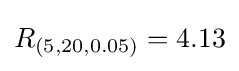
R_{(5,20,0.05)}=4.13